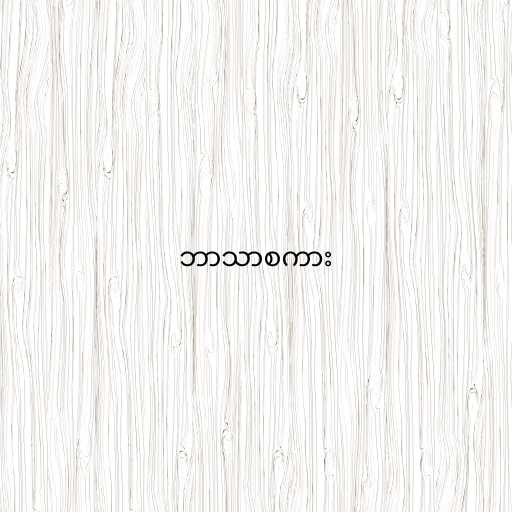
ဘာသာစကား